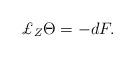
LaTeX: \begin{align*}\pounds _{Z}\Theta =-dF. \end{align*}